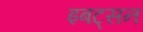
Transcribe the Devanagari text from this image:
इबट्सन